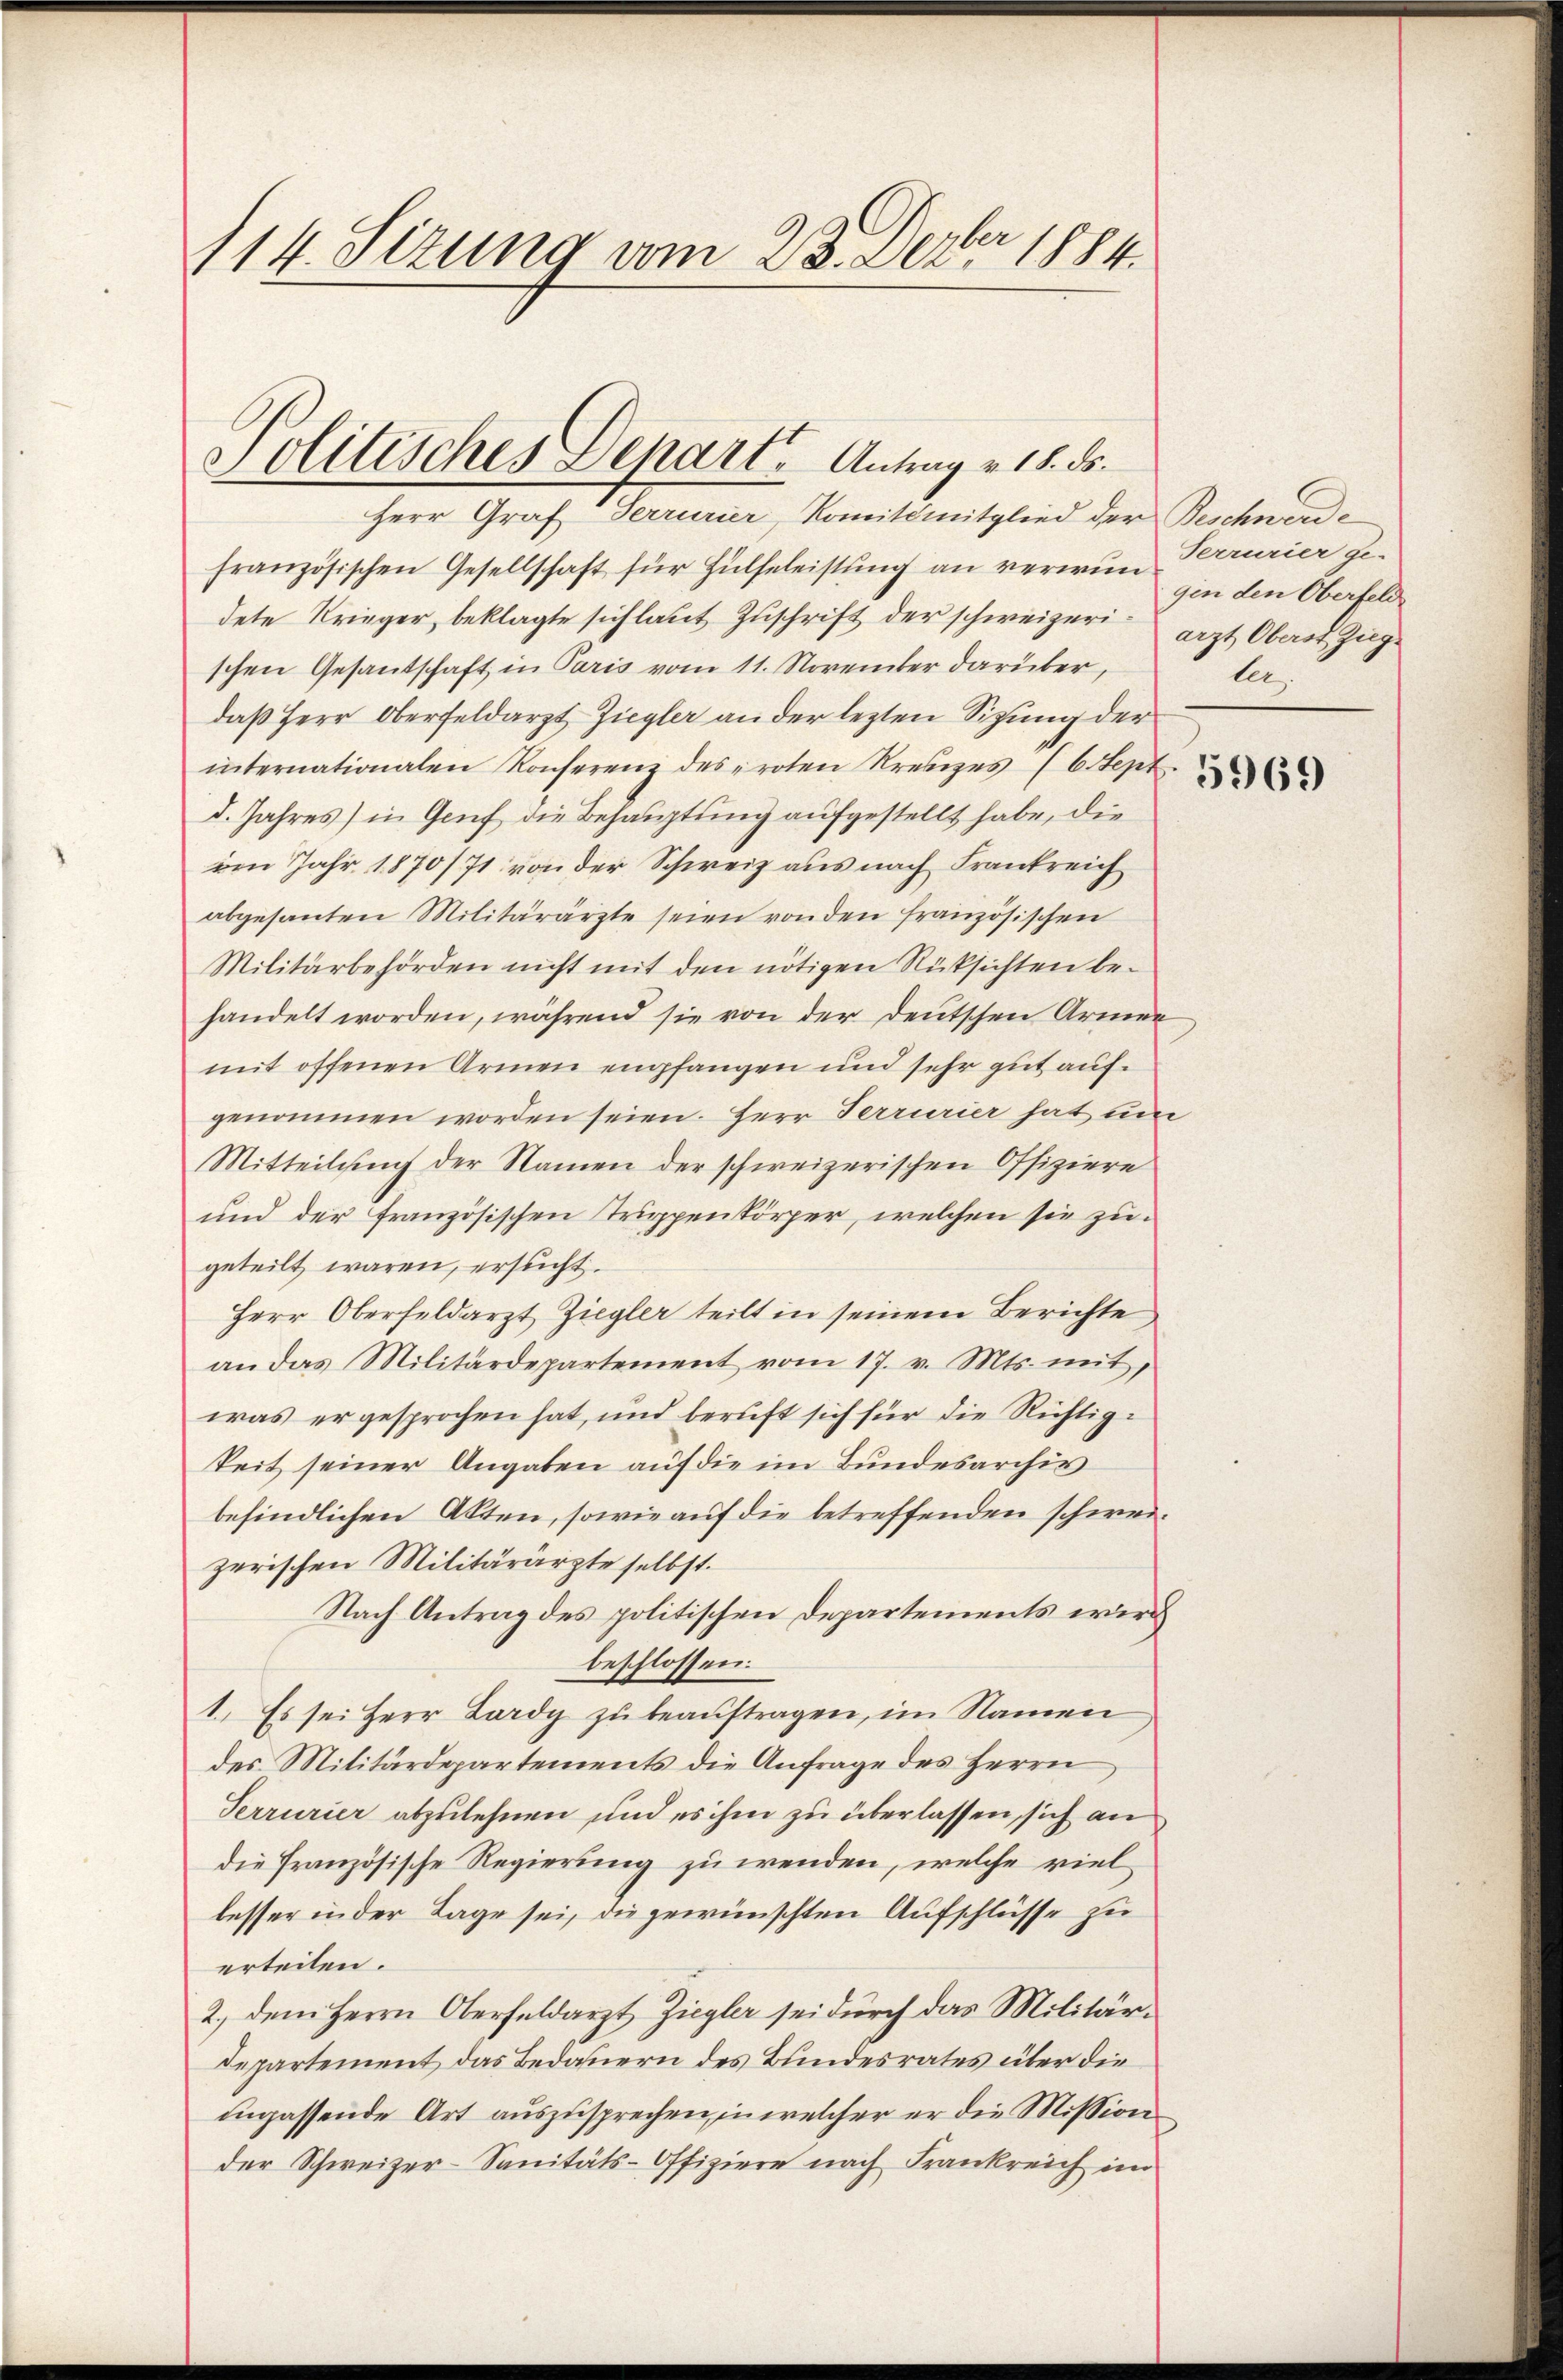
114. Sizung vom 23. Dezbr 1884.

Herr Graf Ferrurier, Romit mitglied der Beschnende
französischen Gesellschaft für Hülfeleistung an verwun Perrurier ge-
dete Krieger, beklagte sich laut Zuschrift der schweizerischen Gesandschaft in Paris vom 11. November darüber,
daß Herr Oberfeldarzt Ziegler an der lezten Sitzung der
internationalen Konferenz des proten Kreuzes (Ctept
d. Jahres) in Genf die Behauptung aufgestellt habe, die
uen Jahr 1870/71 von der Schweiz aus nach Frankreich
abgesanten Militärärzte seien von den französischen
Militärbehörden nicht mit den nötigen Rücksichten behandelt worden, während sie von der Deutschen Armen
mit offenen Armen empfangen und sehr gut aufgenommen worden seien. Herr Terrurier hat um
Mitteilung der Namen der schweizerischen Offiziere
und der französischen Truppenkörper, welchen sie zugeteilt waren, ersucht.
Herr Oberfeldarzt Ziegler teilt in seinem Berichte,
an das Militärdepartement vom 17. v. Mts. mit,
was er gesprochen hat, und beruft sich für die Richtigkeit seiner Angaben auf die im Bundesarchiv
befindlichen Akten, sowie auf die betreffenden schweizerischen Militärärzte selbst.
Nach Antrag des politischen Departements wird
beschlossen:
1. Es sei Herr Lardy zu beauftragen, im Namen
des Militärdepartements die Anfrage des Herrn
Serrurier abzulehnen und es ihm zu überlassen, sich an
die französische Regierung zu wenden, welche viel
lesser in der Lage sei, die gewünschten Aufschlüsse zu
erteilen.
2.) dem Herrn Oberfeldarzt Ziegler sei durch das Militärdepartement das Bedauern des Bundesrates über die
ingassende Art auszusprechen, in welcher er die Mission
der Schweizer-Sanitäts-Offiziere nach Frankreich im

Politisches Depart. Antrag v. 18. ds.

gin den Oberfeld
arzt Oberst Ziegler

5969